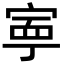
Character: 寕